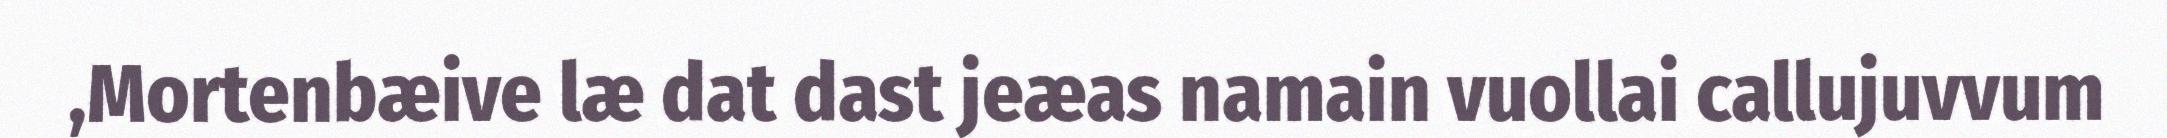
,Mortenbæive læ dat dast jeæas namain vuollai callujuvvum